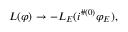
{ \cal L } ( \varphi ) \to - { \cal L } _ { E } ( i ^ { \# ( 0 ) } \varphi _ { E } ) ,